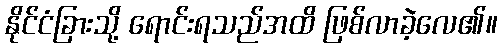
နိုင်ငံခြားသို့ ရောင်းရသည်အထိ ဖြစ်လာခဲ့လေ၏။